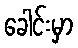
ခေါင်းမှာ